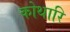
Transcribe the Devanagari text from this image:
कोथारि